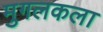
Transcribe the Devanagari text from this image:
मुगलकला